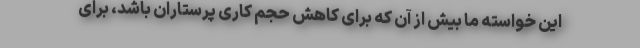
این خواسته ما بیش از آن که برای کاهش حجم کاری پرستاران باشد، برای